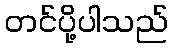
တင်ပို့ပါသည်